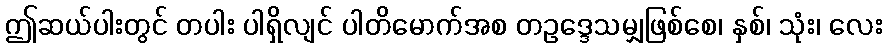
ဤဆယ်ပါးတွင် တပါး ပါရှိလျင် ပါတိမောက်အစ တဥဒ္ဒေသမျှဖြစ်စေ၊ နှစ်၊ သုံး၊ လေး